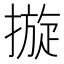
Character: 𢳄